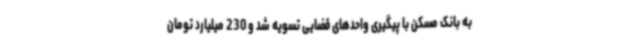
به بانک مسکن با پیگیری واحدهای قضایی تسویه شد و 230 میلیارد تومان